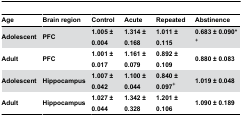
| Age | Brain region | Control | Acute | Repeated | Abstinence |
 | --- | --- | --- | --- | --- | --- |
 | Adolescent | PFC | 1.005 ± 0.004 | 1.314 ± 0.168 | 1.011 ± 0.115 | 0.683 ± 0.090*+ |
 | Adult | PFC | 1.001 ± 0.017 | 1.161 ± 0.079 | 0.892 ± 0.109 | 0.880 ± 0.083 |
 | Adolescent | Hippocampus | 1.007 ± 0.042 | 1.100 ± 0.044 | 0.840 ± 0.097+ | 1.019 ± 0.048 |
 | Adult | Hippocampus | 1.027 ± 0.044 | 1.342 ± 0.328 | 1.201 ± 0.106 | 1.090 ± 0.189 |